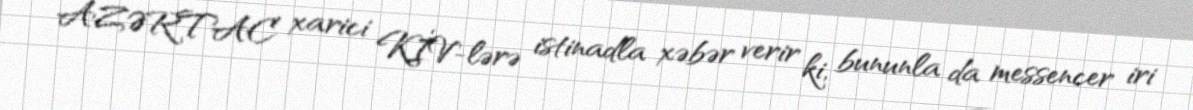
AZƏRTAC xarici KİV-lərə istinadla xəbər verir ki, bununla da messencer iri